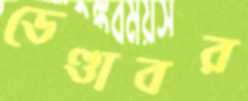
ডেণ্ডাবর